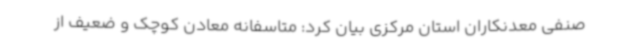
صنفی معدنکاران استان مرکزی بیان کرد: متاسفانه معادن کوچک و ضعیف از